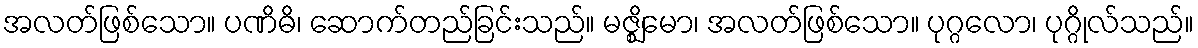
အလတ်ဖြစ်သော။ ပဏိဓိ၊ ဆောက်တည်ခြင်းသည်။ မဇ္ဈိမော၊ အလတ်ဖြစ်သော။ ပုဂ္ဂလော၊ ပုဂ္ဂိုလ်သည်။